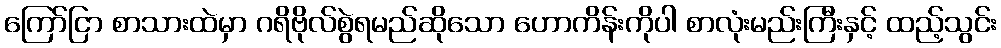
ကြော်ငြာ စာသားထဲမှာ ဂရိဗိုလ်စွဲရမည်ဆိုသော ဟောကိန်းကိုပါ စာလုံးမည်းကြီးနှင့် ထည့်သွင်း